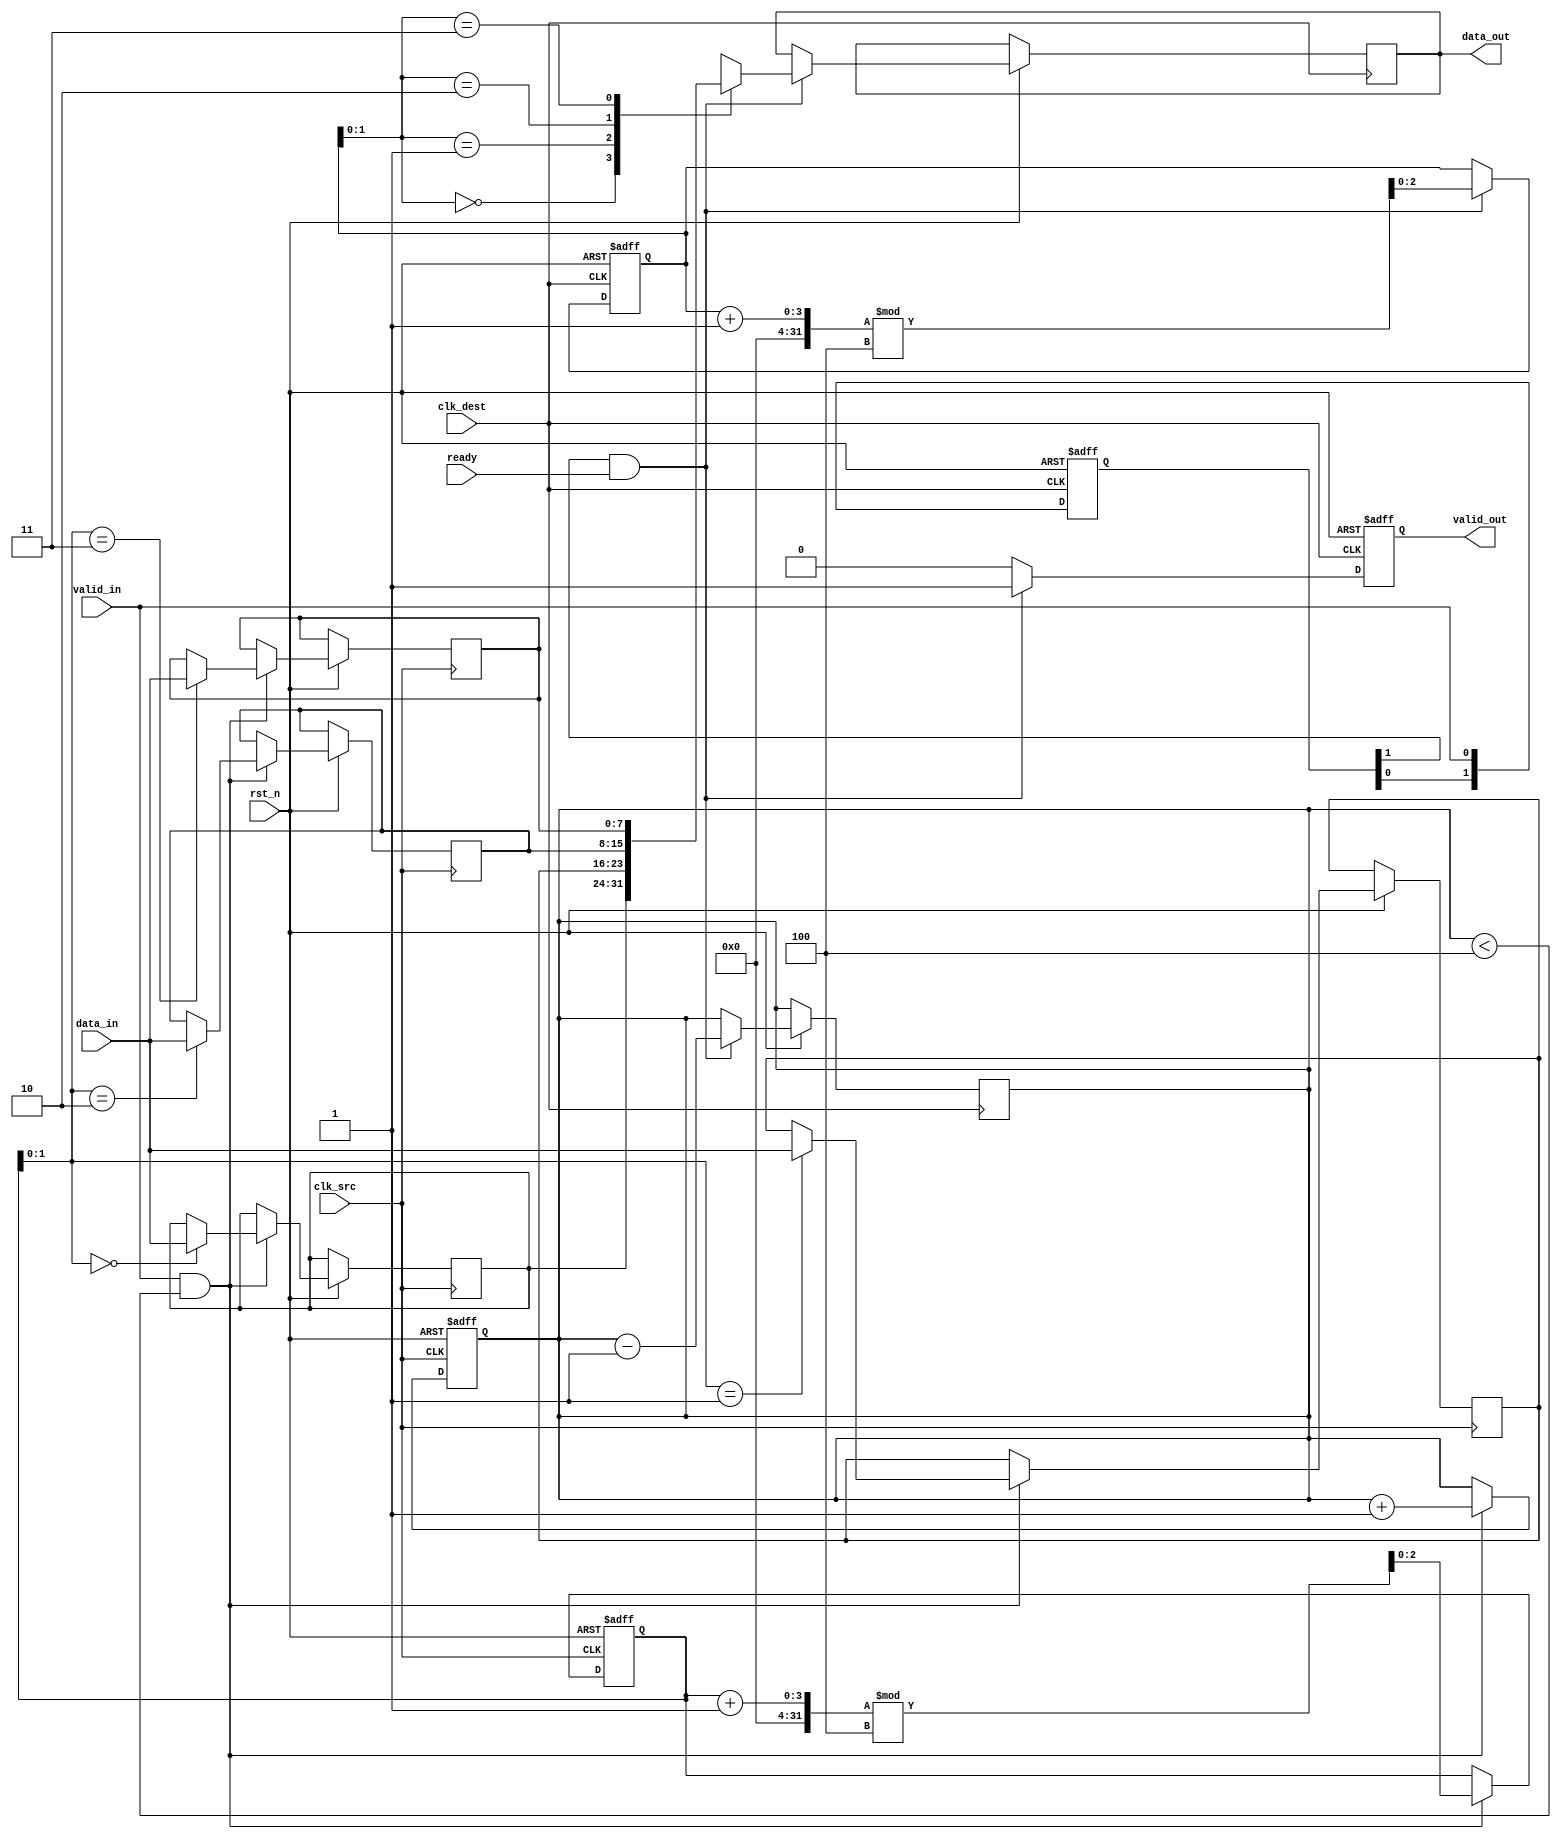
module memory_blocks_pipeline_synchronizer #(
    parameter DATA_WIDTH = 8,  // Width of the data bus
    parameter FIFO_DEPTH = 4    // Depth of the FIFO buffer
)(
    input wire clk_src,          // Source clock
    input wire clk_dest,         // Destination clock
    input wire rst_n,            // Asynchronous reset (active low)
    input wire [DATA_WIDTH-1:0] data_in, // Data input from source clock domain
    input wire valid_in,         // Valid signal for input data
    output reg [DATA_WIDTH-1:0] data_out, // Synchronized data output
    output reg valid_out,        // Valid signal for output data
    input wire ready             // Ready signal from destination clock domain
);

    // FIFO buffer implementation
    reg [DATA_WIDTH-1:0] fifo [0:FIFO_DEPTH-1];
    reg [2:0] write_ptr;        // Write pointer
    reg [2:0] read_ptr;         // Read pointer
    reg [3:0] fifo_count;       // Number of items in the FIFO

    // Synchronization registers
    reg [DATA_WIDTH-1:0] sync_data;
    reg sync_valid;
    reg [1:0] sync_ff;          // Two flip-flops for synchronization

    // Asynchronous reset logic
    always @(posedge clk_src or negedge rst_n) begin
        if (!rst_n) begin
            write_ptr <= 0;
            fifo_count <= 0;
        end else if (valid_in && (fifo_count < FIFO_DEPTH)) begin
            fifo[write_ptr] <= data_in; // Write data to FIFO
            write_ptr <= (write_ptr + 1) % FIFO_DEPTH; // Circular buffer
            fifo_count <= fifo_count + 1; // Increment count
        end
    end

    // Synchronization logic for transferring data to destination clock domain
    always @(posedge clk_dest or negedge rst_n) begin
        if (!rst_n) begin
            read_ptr <= 0;
            valid_out <= 0;
            sync_ff <= 2'b00;
        end else begin
            // Synchronize valid signal
            sync_ff[0] <= valid_in;
            sync_ff[1] <= sync_ff[0];

            // If valid signal is synchronized and ready, read from FIFO
            if (sync_ff[1] && ready) begin
                data_out <= fifo[read_ptr]; // Read data from FIFO
                read_ptr <= (read_ptr + 1) % FIFO_DEPTH; // Circular buffer
                fifo_count <= fifo_count - 1; // Decrement count
                valid_out <= 1; // Set output valid
            end else begin
                valid_out <= 0; // Clear output valid if not ready
            end
        end
    end

endmodule